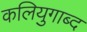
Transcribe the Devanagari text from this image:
कलियुगाब्द